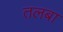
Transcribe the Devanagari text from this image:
तलबा